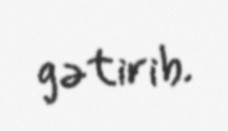
gətirib.